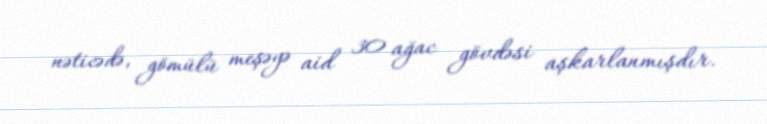
nəticədə, gömülü meşəyə aid 30 ağac gövdəsi aşkarlanmışdır.